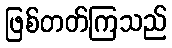
ဖြစ်တတ်ကြသည်